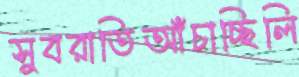
সুবরাতিআঁচাচ্ছিলি